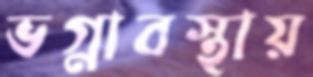
ভগ্নাবস্থায়